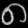
Digit: ၈